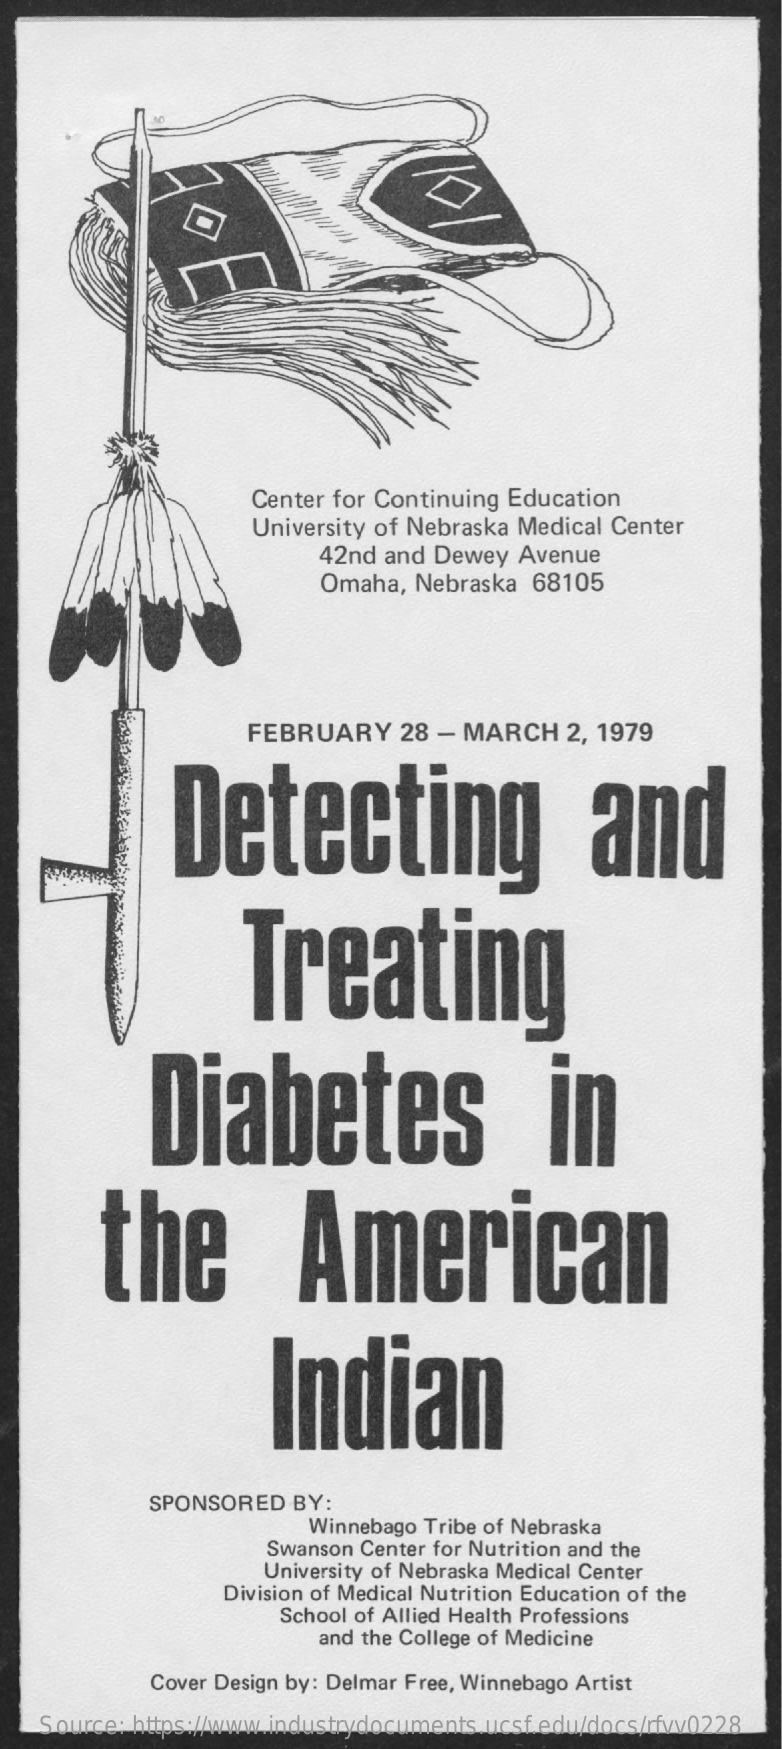
Center for Continuing Education
     University of Nebraska Medical Center
     42nd and  Dewey  Avenue
     Omaha,  Nebraska  68105
     FEBRUARY    28 - MARCH    2, 1979
     Detecting    and
     Treating
     Diabetes    in
     the    American
     Indian
     SPONSORED   BY:
     Winnebago Tribe of Nebraska
     Swanson Center for Nutrition and the
     University of Nebraska Medical Center
     Division of Medical Nutrition Education of the
     School of Allied Health Professions
     and the College of Medicine
     Cover Design by: Delmar Free, Winnebago Artist
    Source: https://www.industrydocuments.ucsf.edu/docs/rfvv0228